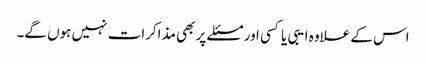
اس کے علاوہ ایبی یا کسی اور مسئلے پر بھی مذاکرات نہیں ہوں گے۔